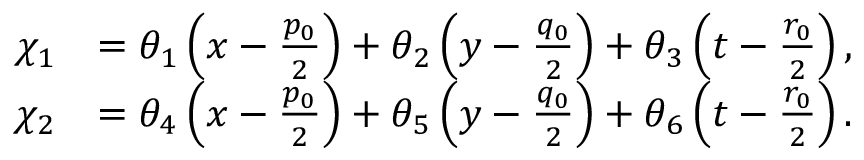
\begin{array} { r l } { \chi _ { 1 } } & { = \theta _ { 1 } \left( x - \frac { p _ { 0 } } { 2 } \right) + \theta _ { 2 } \left( y - \frac { q _ { 0 } } { 2 } \right) + \theta _ { 3 } \left( t - \frac { r _ { 0 } } { 2 } \right) , } \\ { \chi _ { 2 } } & { = \theta _ { 4 } \left( x - \frac { p _ { 0 } } { 2 } \right) + \theta _ { 5 } \left( y - \frac { q _ { 0 } } { 2 } \right) + \theta _ { 6 } \left( t - \frac { r _ { 0 } } { 2 } \right) . } \end{array}